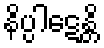
နိပ္ပါဋေန္တိ